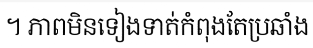
។ ភាពមិនទៀងទាត់កំពុងតែប្រឆាំង